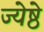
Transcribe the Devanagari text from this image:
ज्येष्ठे